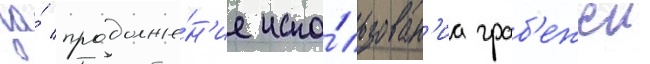
за́ продолже́н'ие испо́льзован'иа граб'ежеи